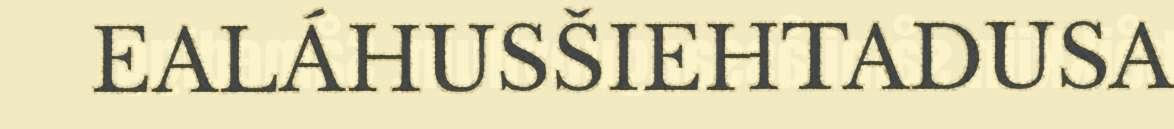
EALÁHUSŠIEHTADUSA